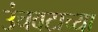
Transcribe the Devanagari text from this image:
उंचवटाच्या